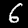
Digit: 6